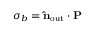
\sigma _ { b } = \mathbf { \hat { n } } _ { \mathrm { o u t } } \cdot \mathbf { P }